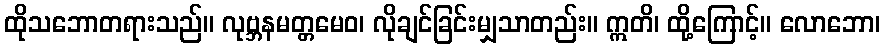
ထိုသဘောတရားသည်။ လုဗ္ဘနမတ္တမေဝ၊ လိုချင်ခြင်းမျှသာတည်း။ ဣတိ၊ ထို့ကြောင့်။ လောဘော၊